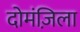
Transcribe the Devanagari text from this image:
दोमंज़िला